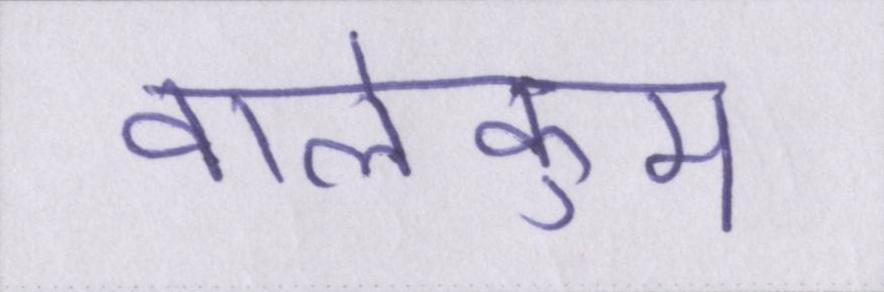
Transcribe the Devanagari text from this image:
वालेकुम